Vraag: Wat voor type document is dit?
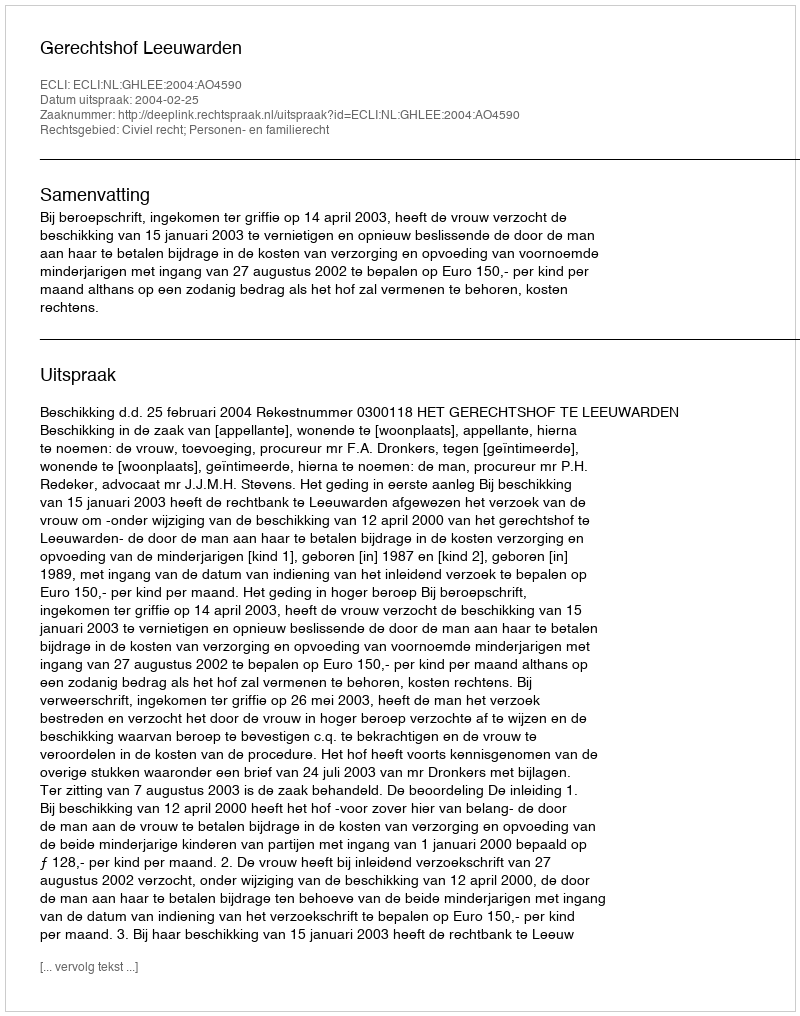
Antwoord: Uitspraak